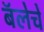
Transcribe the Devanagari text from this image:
बॅलेचे